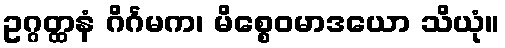
ဥဂ္ဂတ္ထနံ ဂိင်္ဂမက၊ မိစ္စေဝမာဒယော သိယုံ။